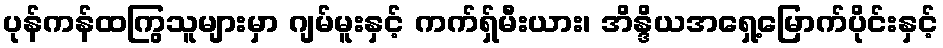
ပုန်ကန်ထကြွသူများမှာ ဂျမ်မူးနှင့် ကက်ရှ်မီးယား၊ အိန္ဒိယအရှေ့မြောက်ပိုင်းနှင့်